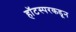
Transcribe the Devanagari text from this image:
हॉटस्परकडून